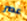
عصر